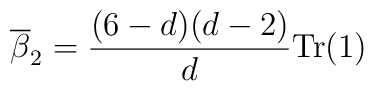
\overline\beta_2=\frac{(6-d)(d-2)}{d}{\rm Tr}(1)